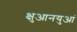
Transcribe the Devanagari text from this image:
क्षुआनयुआं